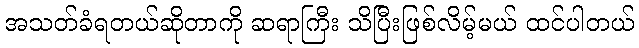
အသတ်ခံရတယ်ဆိုတာကို ဆရာကြီး သိပြီးဖြစ်လိမ့်မယ် ထင်ပါတယ်